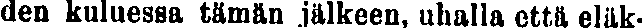
den kuluessa tämän jälkeen, uhalla että eläk-